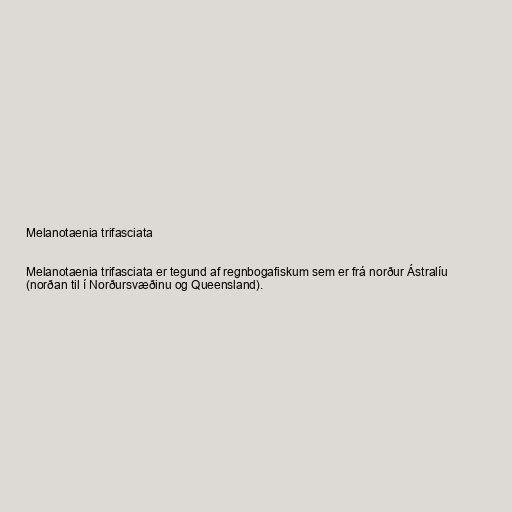
Melanotaenia trifasciata

Melanotaenia trifasciata er tegund af regnbogafiskum sem er frá norður Ástralíu
(norðan til í Norðursvæðinu og Queensland).